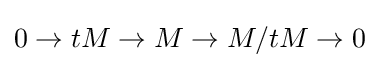
0\rightarrow tM\rightarrow M\rightarrow M/tM\rightarrow 0